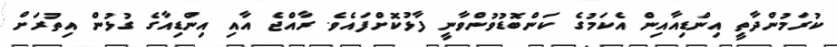
ކުރަމުންދާތީ އިންޑިއާއިން އެކަމުގެ ކަންބޮޑުވުންވާނީ ފާޅުކޮށްފައެވެ. ރާއްޖެ އާއި އިންޑިއާގެ ގުޅުން އިތުރަށް